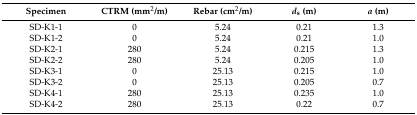
<table><thead><tr><td><b>Specimen</b></td><td><b>CTRM (mm2/m)</b></td><td><b>Rebar (cm2/m)</b></td><td><b><i>d</i><sub>s</sub> (m)</b></td><td><b><i>a</i> (m)</b></td></tr></thead><tbody><tr><td>SD-K1-1</td><td>0</td><td>5.24</td><td>0.21</td><td>1.3</td></tr><tr><td>SD-K1-2</td><td>0</td><td>5.24</td><td>0.21</td><td>1.0</td></tr><tr><td>SD-K2-1</td><td>280</td><td>5.24</td><td>0.215</td><td>1.3</td></tr><tr><td>SD-K2-2</td><td>280</td><td>5.24</td><td>0.205</td><td>1.0</td></tr><tr><td>SD-K3-1</td><td>0</td><td>25.13</td><td>0.215</td><td>1.0</td></tr><tr><td>SD-K3-2</td><td>0</td><td>25.13</td><td>0.205</td><td>0.7</td></tr><tr><td>SD-K4-1</td><td>280</td><td>25.13</td><td>0.235</td><td>1.0</td></tr><tr><td>SD-K4-2</td><td>280</td><td>25.13</td><td>0.22</td><td>0.7</td></tr></tbody></table>